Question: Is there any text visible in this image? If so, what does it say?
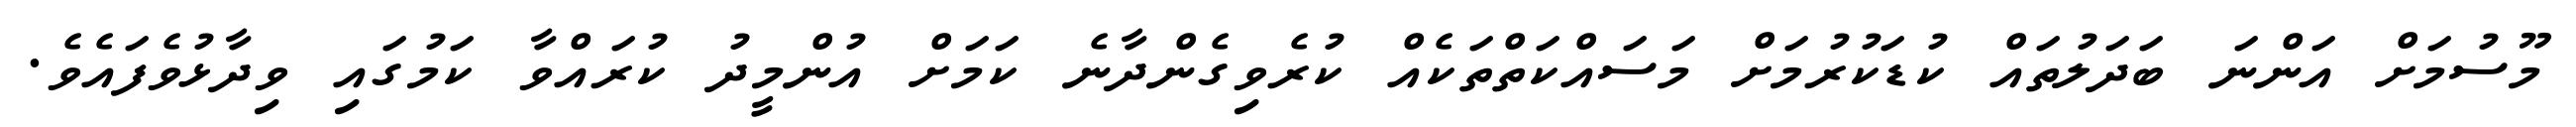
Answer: މޫސުމަށް އަންނަ ބަދަލުތައް ކުޑަކުރުމަށް މަސައްކަތްތަކެއް ކުރެވިގެންދާނެ ކަމަށް އުންމީދު ކުރައްވާ ކަމުގައި ވިދާޅުވެފައެވެ.